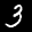
Label: 3